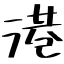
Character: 港